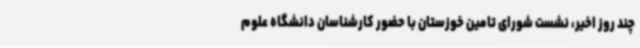
چند روز اخیر، نشست شورای تامین خوزستان با حضور کارشناسان دانشگاه علوم